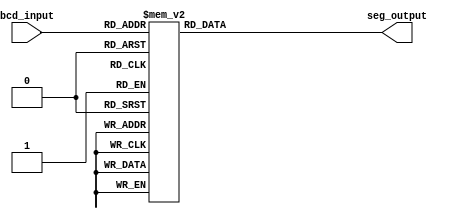
module BCD_Decoder(
    input [3:0] bcd_input,
    output reg [6:0] seg_output
);

always @(*)
begin
    case(bcd_input)
        4'b0000: seg_output = 7'b1000000; // Digit 0
        4'b0001: seg_output = 7'b1111001; // Digit 1
        4'b0010: seg_output = 7'b0100100; // Digit 2
        4'b0011: seg_output = 7'b0110000; // Digit 3
        4'b0100: seg_output = 7'b0011001; // Digit 4
        4'b0101: seg_output = 7'b0010010; // Digit 5
        4'b0110: seg_output = 7'b0000010; // Digit 6
        4'b0111: seg_output = 7'b1111000; // Digit 7
        4'b1000: seg_output = 7'b0000000; // Digit 8
        4'b1001: seg_output = 7'b0010000; // Digit 9
        default: seg_output = 7'b1111111; // Blank
    endcase
end

endmodule